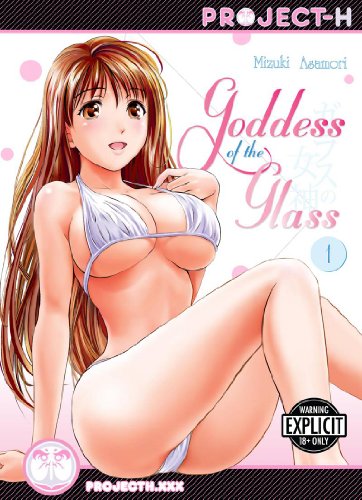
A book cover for Goddess of the Glass, Vol. 1; Mizuki Asamori; Comics & Graphic Novels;